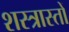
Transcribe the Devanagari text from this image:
शस्त्रास्तों